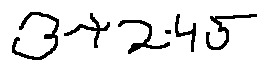
3 + 2 \cdot 4 5